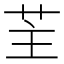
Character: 𦭦